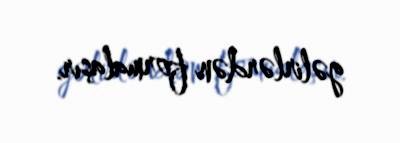
gəlirlərdən formalaşır.